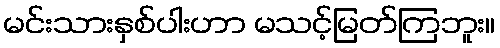
မင်းသားနှစ်ပါးဟာ မသင့်မြတ်ကြဘူး။